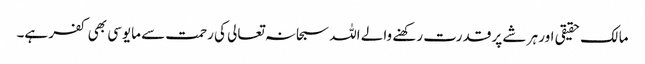
مالک حقیقی اور ہر شے پر قدرت رکھنے والے اللہ سبحانہ تعالی کی رحمت سے مایوسی بھی کفر ہے۔